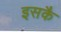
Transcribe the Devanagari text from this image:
इसकै